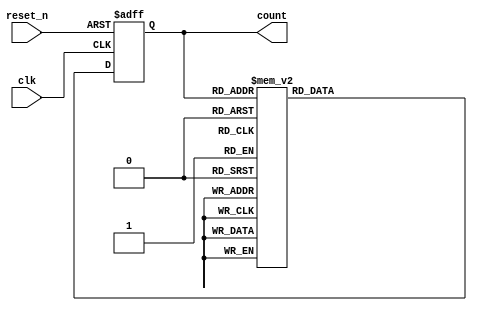
module JHONSON_COUNTER(
input clk,
input reset_n,
output reg [3:0]count
    );
   always @ (posedge clk,negedge reset_n)
   begin
   if(!reset_n)
   count <= 'b0;
   else
   case(count)
   4'b0000: count <= 4'b1000;
   4'b1000: count <= 4'b1100;
   4'b1100: count <= 4'b1110;
   4'b1110: count <= 4'b1111;
   4'b1111: count <= 4'b0111;
   4'b0111: count <= 4'b0011;
   4'b0011: count <= 4'b0001;
   4'b0001: count <= 4'b0000;
   default: count <= 'b0;
   endcase
   end
endmodule